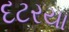
દટરયા